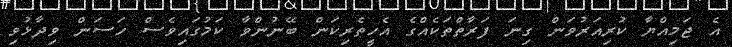
އެ ޖަމިއްޔާ ކުރިއަރުވަން ގިނަ ފަރާތްތަކެއްގެ އެހީތެރިކަން ބޭނުންވާ ކަމުގައިވެސް ހަސަން ވިދާޅުވި